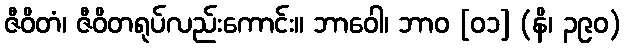
ဇီဝိတံ၊ ဇီဝိတရုပ်လည်းကောင်း။ ဘာဝေါ၊ ဘာဝ [၀၁] (နိ၊ ၃၉၀)